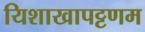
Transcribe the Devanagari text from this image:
यिशाखापट्टणम